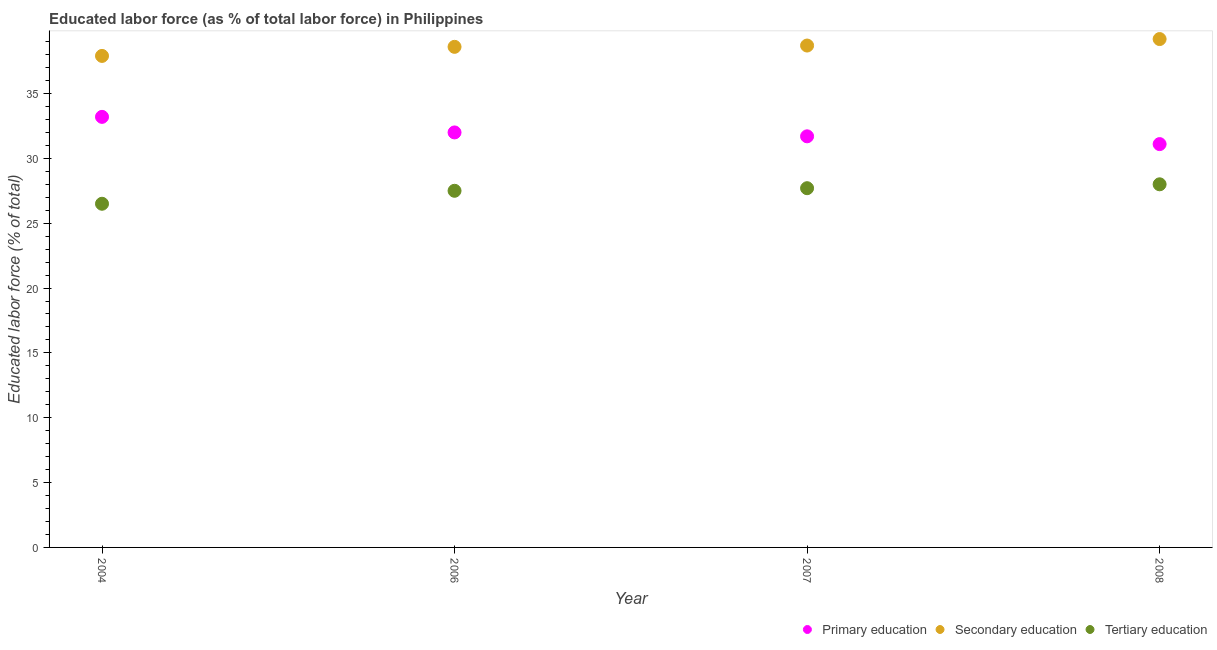
| Year | Primary education | Secondary education | Tertiary education |
 | --- | --- | --- | --- |
 | 2004 | 33.2 | 37.9 | 26.5 |
 | 2006 | 32 | 38.6 | 27.5 |
 | 2007 | 31.7 | 38.7 | 27.7 |
 | 2008 | 31.1 | 39.2 | 28 |